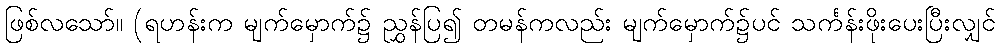
ဖြစ်လသော်။ (ရဟန်းက မျက်မှောက်၌ ညွှန်ပြ၍ တမန်ကလည်း မျက်မှောက်၌ပင် သင်္ကန်းဖိုးပေးပြီးလျှင်